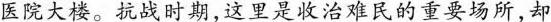
医院大楼。抗战时期，这里是收治难民的重要场所，却